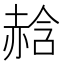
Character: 𧹣